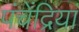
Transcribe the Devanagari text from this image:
पंचेंद्रियां